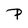
Character: P